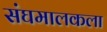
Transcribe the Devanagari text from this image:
संघमालकला